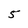
Character: 5